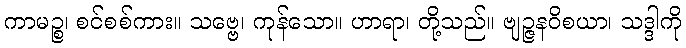
ကာမဉ္စ၊ စင်စစ်ကား။ သဗ္ဗေ၊ ကုန်သော။ ဟာရာ၊ တို့သည်။ ဗျဉ္ဇနဝိစယာ၊ သဒ္ဒါကို